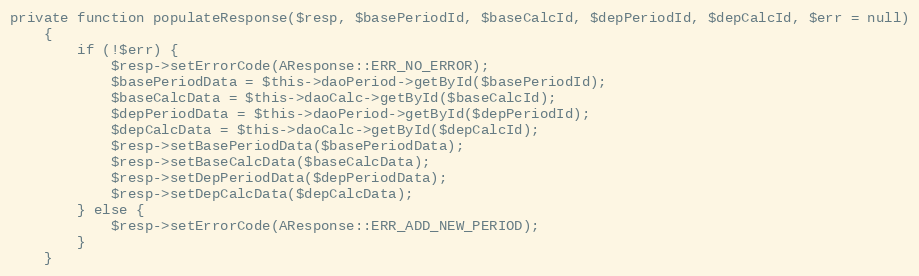
Language: PHP
private function populateResponse($resp, $basePeriodId, $baseCalcId, $depPeriodId, $depCalcId, $err = null)
    {
        if (!$err) {
            $resp->setErrorCode(AResponse::ERR_NO_ERROR);
            $basePeriodData = $this->daoPeriod->getById($basePeriodId);
            $baseCalcData = $this->daoCalc->getById($baseCalcId);
            $depPeriodData = $this->daoPeriod->getById($depPeriodId);
            $depCalcData = $this->daoCalc->getById($depCalcId);
            $resp->setBasePeriodData($basePeriodData);
            $resp->setBaseCalcData($baseCalcData);
            $resp->setDepPeriodData($depPeriodData);
            $resp->setDepCalcData($depCalcData);
        } else {
            $resp->setErrorCode(AResponse::ERR_ADD_NEW_PERIOD);
        }
    }